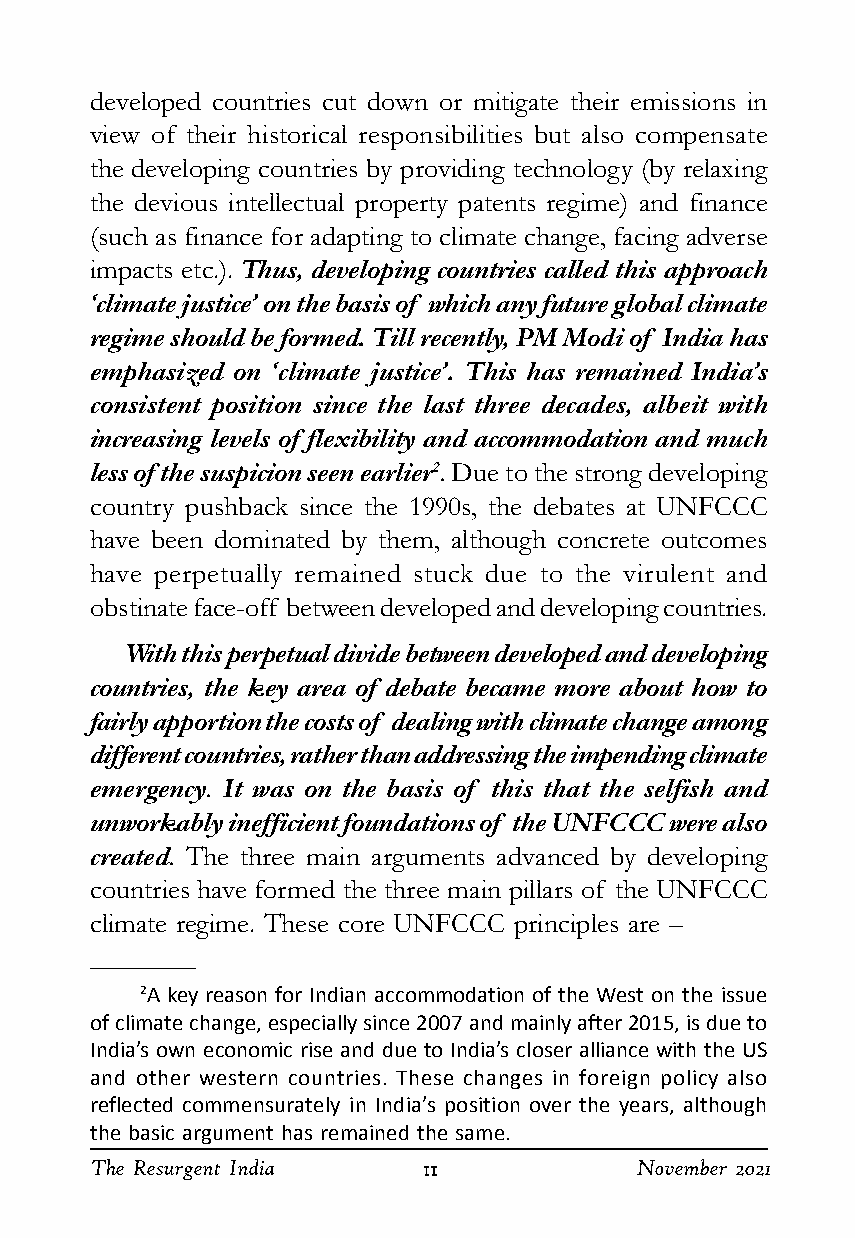
developed countries cut down or mitigate their emissions in
 view of their historical responsibilities but also compensate
 the developing countries by providing technology (by relaxing
 the devious intellectual property patents regime) and finance
 (such as finance for adapting to climate change, facing adverse
 impacts etc.). Thus, developing countries called this approach
 ‘climate justice’ on the basis of which any future global climate
 regime should be formed. Till recently, PM Modi of India has
 emphasized on ‘climate justice’. This has remained India’s
 consistent position since the last three decades, albeit with
 increasing levels of flexibility and accommodation and much
 less of the suspicion seen earlier2. Due to the strong developing
 country pushback since the 1990s, the debates at UNFCCC
 have been dominated by them, although concrete outcomes
 have perpetually remained stuck due to the virulent and
 obstinate face-off between developed and developing countries.
 With this perpetual divide between developed and developing
 countries, the key area of debate became more about how to
 fairly apportion the costs of dealing with climate change among
 different countries, rather than addressing the impending climate
 emergency. It was on the basis of this that the selfish and
 unworkably inefficient foundations of the UNFCCC were also
 created. The three main arguments advanced by developing
 countries have formed the three main pillars of the UNFCCC
 climate regime. These core UNFCCC principles are –
 2A key reason for Indian accommodation of the West on the issue
 of climate change, especially since 2007 and mainly after 2015, is due to
 India’s own economic rise and due to India’s closer alliance with the US
 and other western countries. These changes in foreign policy also
 reflected commensurately in India’s position over the years, although
 the basic argument has remained the same.
 The Resurgent India   1111111111    November 2021